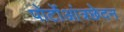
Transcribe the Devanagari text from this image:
पोर्टोआंत्रछेदन